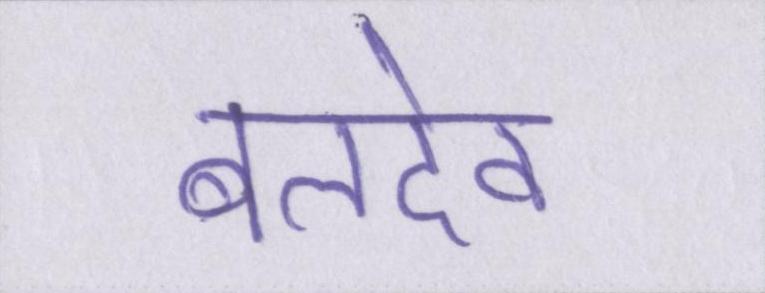
बलदेव